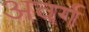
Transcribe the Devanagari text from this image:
अवर्ग